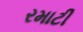
રમાટી